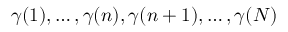
\gamma ( 1 ) , \ldots , \gamma ( n ) , \gamma ( n + 1 ) , \ldots , \gamma ( N )